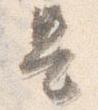
是